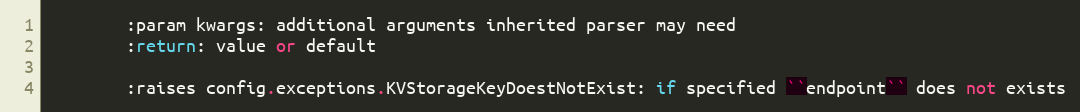
Language: Python
        :param kwargs: additional arguments inherited parser may need
        :return: value or default

        :raises config.exceptions.KVStorageKeyDoestNotExist: if specified ``endpoint`` does not exists